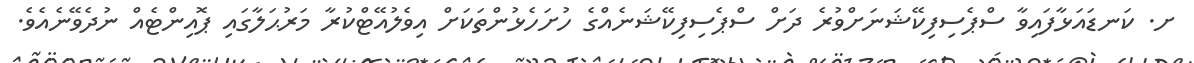
ށ. ކަނޑައަޅާފައިވާ ސްޕެސިފިކޭޝަނަށްވުރެ ދަށް ސްޕެސިފިކޭޝަނެއްގެ ހުށަހެޅުންތަކަށް އިވެލުއޭޓްކުރާ މަރުޙަލާގައި ޕޮއިންޓެއް ނުދެވޭނެއެވެ.